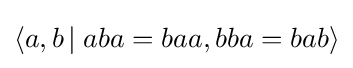
\langle a,b\,\vert \;aba=baa,bba=bab\rangle